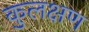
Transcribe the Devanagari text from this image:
कुलक्षण